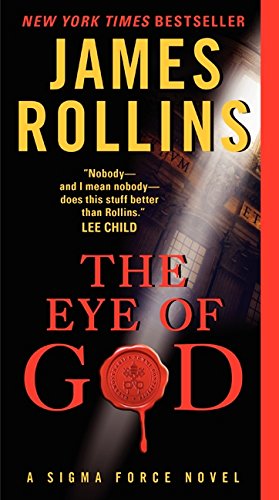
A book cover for The Eye of God (Sigma Force); James Rollins; Mystery, Thriller & Suspense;